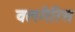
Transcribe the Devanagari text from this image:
वलगैरिस